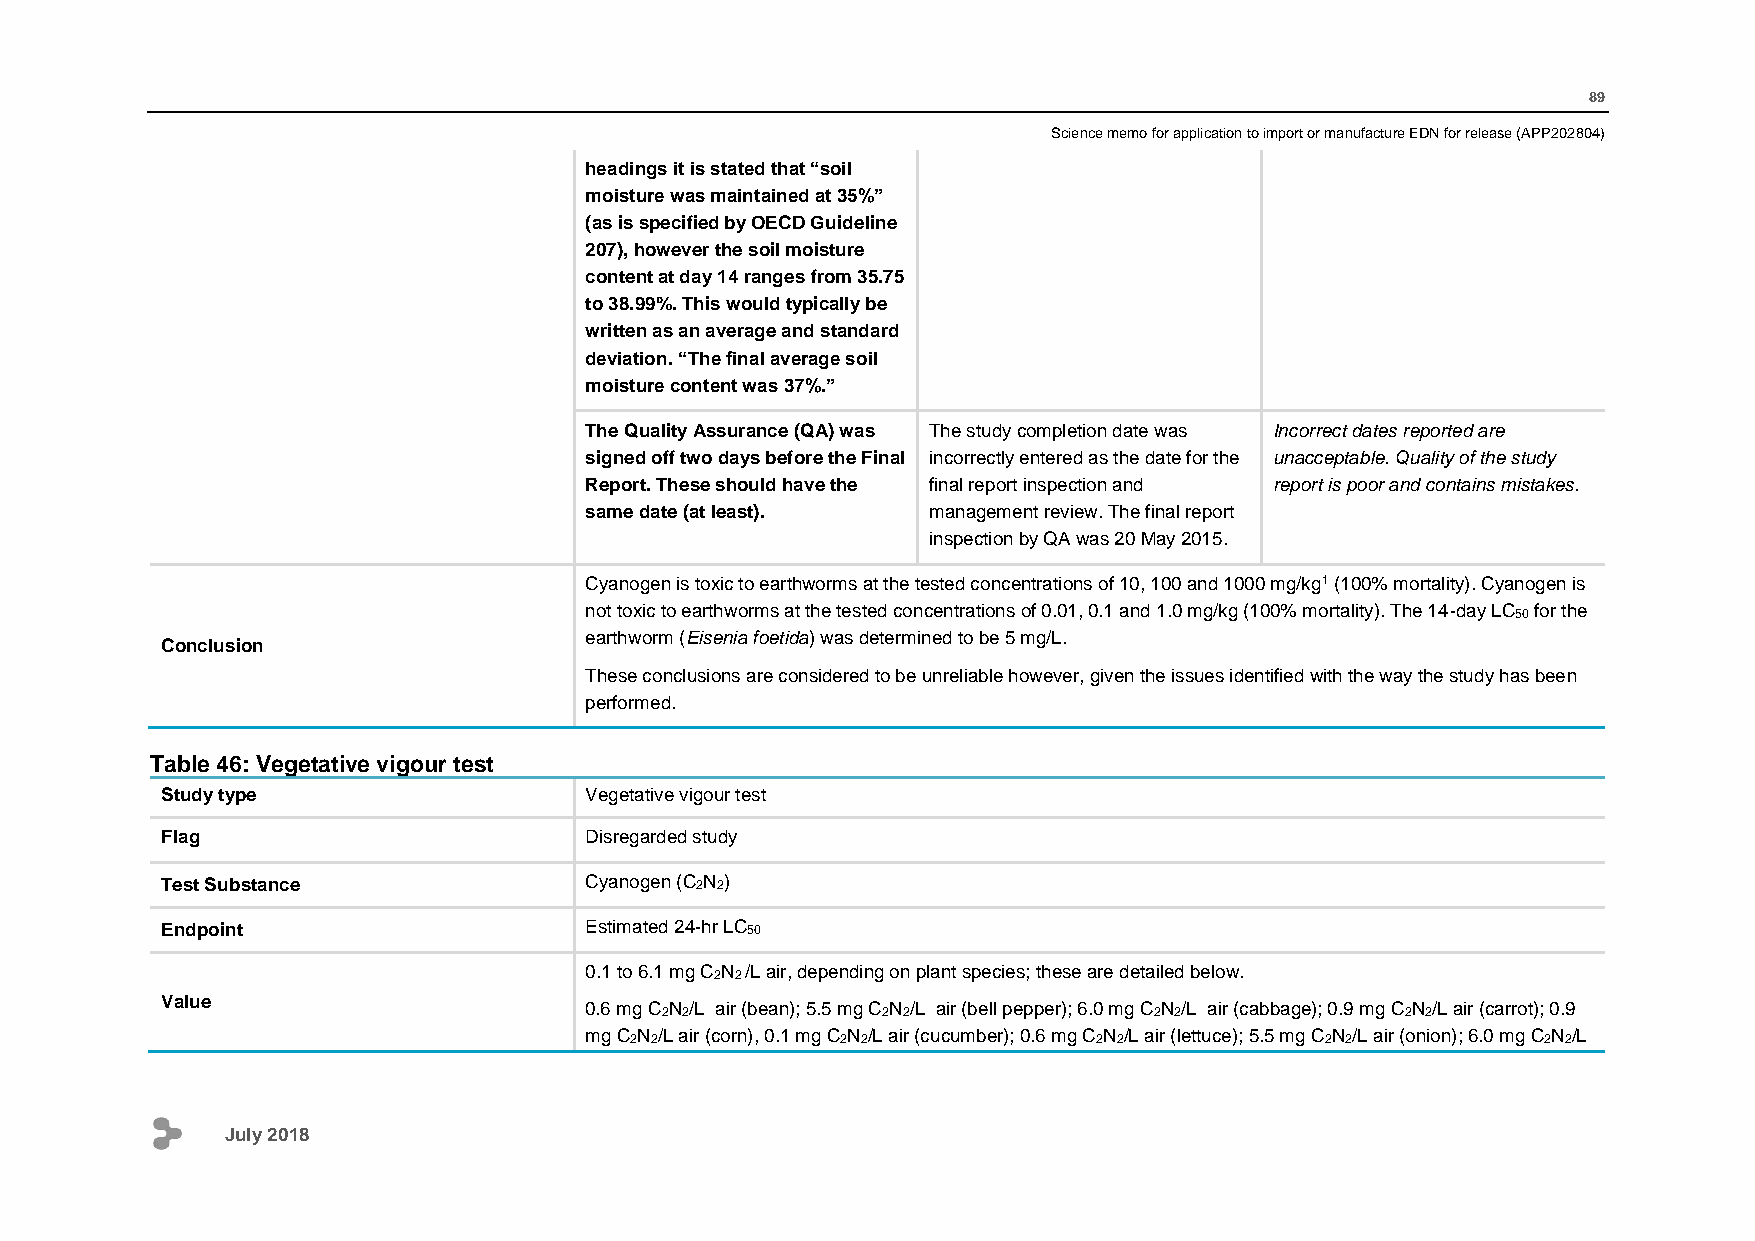
89
 Science memo for application to import or manufacture EDN for release (APP202804)
 headings it is stated that “soil
 moisture was maintained at 35%”
 (as is specified by OECD Guideline
 207), however the soil moisture
 content at day 14 ranges from 35.75
 to 38.99%. This would typically be
 written as an average and standard
 deviation. “The final average soil
 moisture content was 37%.”
 The Quality Assurance (QA) was The study completion date was Incorrect dates reported are
 signed off two days before the Final incorrectly entered as the date for the unacceptable. Quality of the study
 Report. These should have the final report inspection and report is poor and contains mistakes.
 same date (at least). management review. The final report
 inspection by QA was 20 May 2015.
 Cyanogen is toxic to earthworms at the tested concentrations of 10, 100 and 1000 mg/kg1 (100% mortality). Cyanogen is
 not toxic to earthworms at the tested concentrations of 0.01, 0.1 and 1.0 mg/kg (100% mortality). The 14-day LC50 for the
 earthworm (Eisenia foetida) was determined to be 5 mg/L.
 Conclusion
 These conclusions are considered to be unreliable however, given the issues identified with the way the study has been
 performed.
 Table 46: Vegetative vigour test
 Study type                  Vegetative vigour test
 Flag                        Disregarded study
 Test Substance              Cyanogen (C2N2)
 Endpoint                    Estimated 24-hr LC50
 0.1 to 6.1 mg C2N2 /L air, depending on plant species; these are detailed below.
 Value
 0.6 mg C2N2/L air (bean); 5.5 mg C2N2/L air (bell pepper); 6.0 mg C2N2/L air (cabbage); 0.9 mg C2N2/L air (carrot); 0.9
 mg C2N2/L air (corn), 0.1 mg C2N2/L air (cucumber); 0.6 mg C2N2/L air (lettuce); 5.5 mg C2N2/L air (onion); 6.0 mg C2N2/L
 July 2018